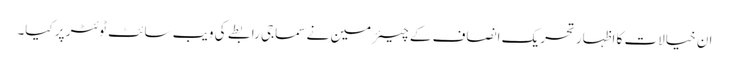
ان خیالات کا اظہار تحریک انصاف کے چیئرمین نے سماجی رابطے کی ویب سائٹ ٹوئٹر پر کیا۔